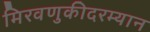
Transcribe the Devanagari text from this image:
मिरवणुकीदरम्यान